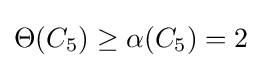
\Theta (C_{5})\geq \alpha (C_{5})=2